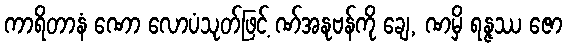
ကာရိတာနံ ဏော လောပံသုတ်ဖြင့် ဏ်အနုဗန်ကို ချေ, ဏမှိ ရန္ဇဿ ဇော